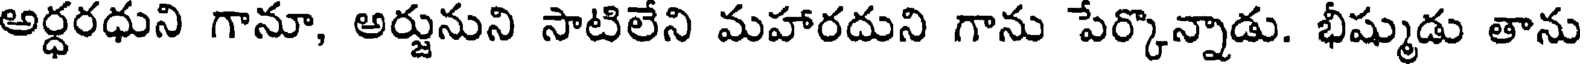
అర్ధరధుని గానూ, అర్జునుని సాటిలేని మహారదుని గాను పేర్కొన్నాడు. భీష్ముడు తాను